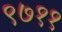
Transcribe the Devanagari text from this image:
९७११